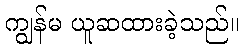
ကျွန်မ ယူဆထားခဲ့သည်။